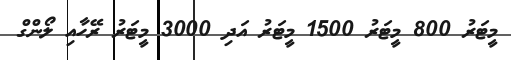
މީޓަރު 800 މީޓަރު 1500 މީޓަރު އަދި 3000 މީޓަރު ރޭހާއި ލޯންގް